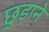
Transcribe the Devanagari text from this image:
छु़ड़ाने